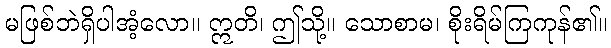
မဖြစ်ဘဲရှိပါအံ့လော။ ဣတိ၊ ဤသို့။ သောစာမ၊ စိုးရိမ်ကြကုန်၏။